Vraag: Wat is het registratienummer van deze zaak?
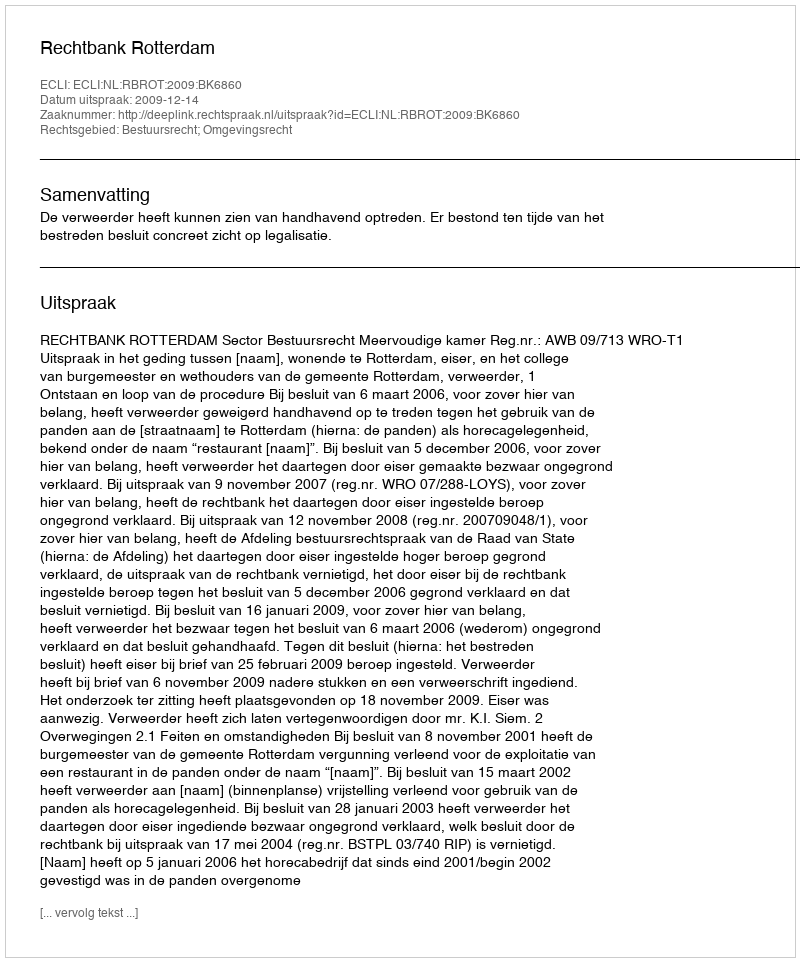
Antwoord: http://deeplink.rechtspraak.nl/uitspraak?id=ECLI:NL:RBROT:2009:BK6860